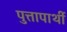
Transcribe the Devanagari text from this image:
पुत्तापार्थी